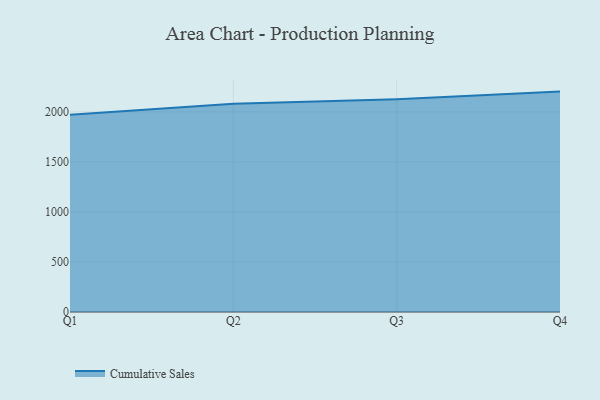
{"axis": {"x": "Quarter", "y": "LTV (USD)"}, "legend": ["Cumulative Sales"], "data": [{"x": "Q1", "y": 1971.6, "type": "Cumulative Sales"}, {"x": "Q2", "y": 2081.7, "type": "Cumulative Sales"}, {"x": "Q3", "y": 2125.9, "type": "Cumulative Sales"}, {"x": "Q4", "y": 2202.4, "type": "Cumulative Sales"}]}